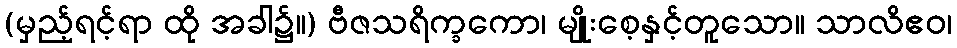
(မှည့်ရင့်ရာ ထို အခါ၌။) ဗီဇသရိက္ခကော၊ မျိုးစေ့နှင့်တူသော။ သာလိဧဝ၊